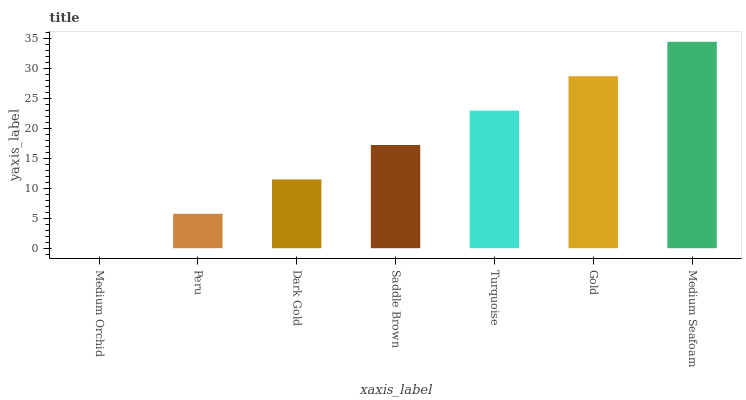
| xaxis_label | bars |
 | --- | --- |
 | Medium Orchid | 0 |
 | Peru | 5.74 |
 | Dark Gold | 11.5 |
 | Saddle Brown | 17.2 |
 | Turquoise | 23 |
 | Gold | 28.7 |
 | Medium Seafoam | 34.4 |